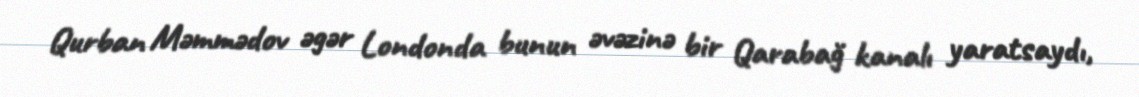
Qurban Məmmədov əgər Londonda bunun əvəzinə bir Qarabağ kanalı yaratsaydı,